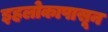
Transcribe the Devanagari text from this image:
इहलोकापासून